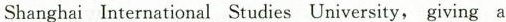
Shanghai International Studies University, giving a